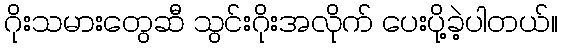
ဂိုးသမားတွေဆီ သွင်းဂိုးအလိုက် ပေးပို့ခဲ့ပါတယ်။